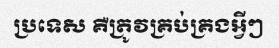
ប្រទេស គឺត្រូវគ្រប់គ្រងអ្វីៗ